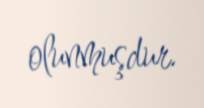
olunmuşdur.